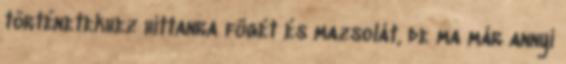
történetekhez hittanra fügét és mazsolát, de ma már annyi